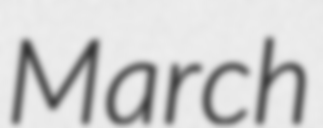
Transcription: March